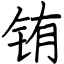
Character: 铕